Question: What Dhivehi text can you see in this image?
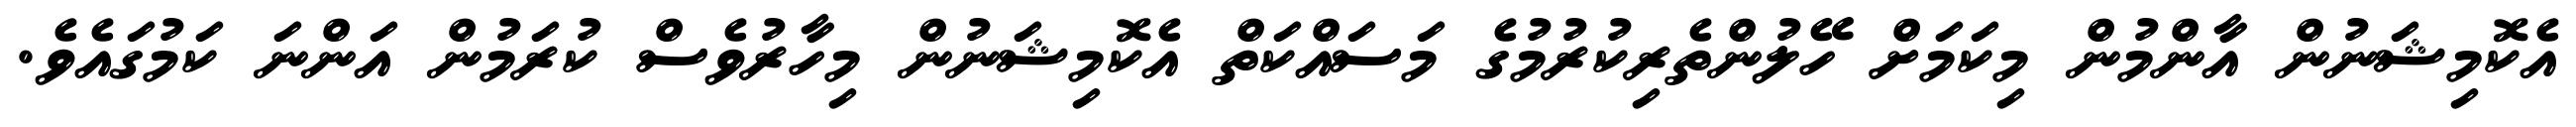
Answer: އެކޮމިޝަނުން އާންމުން މިކަމަށް ހޭލުންތެރިކުރުމުގެ މަސައްކަތް އެކޮމިޝަނުން މިހާރުވެސް ކުރަމުން އަންނަ ކަމުގައެވެ.